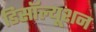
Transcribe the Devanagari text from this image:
डिसॉल्यूशन